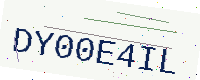
Text: DY00E4IL